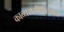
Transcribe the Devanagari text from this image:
काव्यसमीक्षात्मक